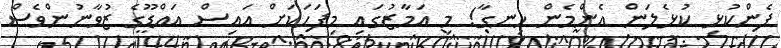
ފެންކުޅި ކުޅެލަން އެންމެން ހިނގާ! މި އަމާޒުގައި މިފަހަކަށް އައިސް އައްޑޫގެ ޒުވާނުންވެސް